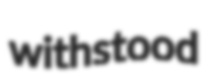
withstood